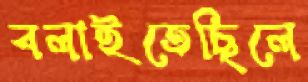
বলাইতেছিলে